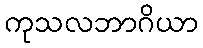
ကုသလဘာဂိယာ